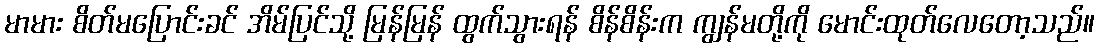
မာမား စိတ်မပြောင်းခင် အိမ်ပြင်သို့ မြန်မြန် ထွက်သွားရန် စိန်စိန်းက ကျွန်မတို့ကို မောင်းထုတ်လေတော့သည်။